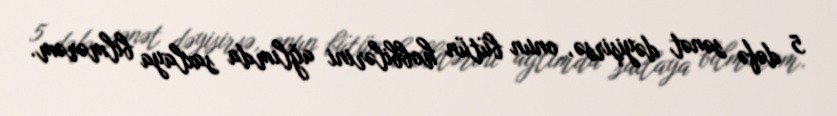
5 dəfə sənət dəyişirsə, onun bütün hobbilərini ağlımda saxlaya bilmərəm.